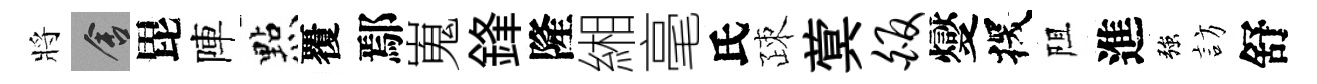
將舍毘陣㸃覆鄢嵬鋒隆緗毫氏疎蓂皈燮探阻進強訪舒